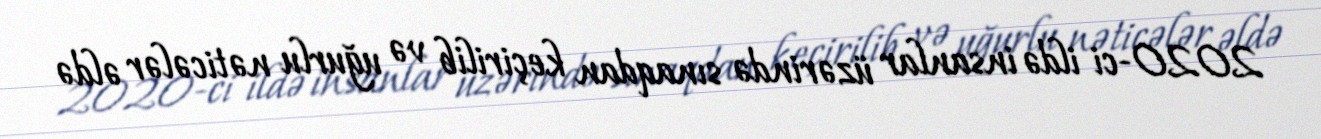
2020-ci ildə insanlar üzərində sınaqdan keçirilib və uğurlu nəticələr əldə